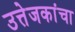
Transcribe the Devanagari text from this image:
उत्तेजकांचा